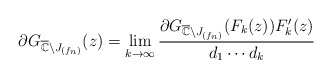
\begin{align*}\partial G_{\overline{\mathbb{C}}\setminus J_{(f_n)}}(z)= \lim_{k\rightarrow\infty} \frac{\partial G_{\overline{\mathbb{C}}\setminus J_{(f_n)}}(F_k(z)) F_k^\prime (z)}{d_1\cdots d_k}\end{align*}